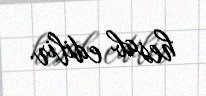
hesab edilir.